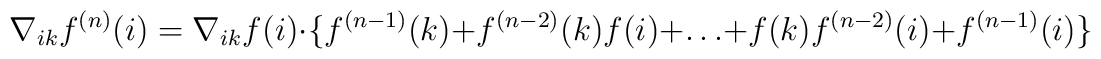
\nabla_{ik}f^{(n)}(i)=\nabla_{ik}f(i)\cdot\{f^{(n-1)}(k)+f^{(n-2)}(k)f(i)+\ldots+f(k)f^{(n-2)}(i)+f^{(n-1)}(i)\}